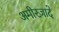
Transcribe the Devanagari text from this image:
अमीरज़ादे